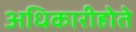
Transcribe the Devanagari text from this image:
अधिकारीहोते